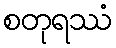
စတုရဿံ